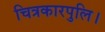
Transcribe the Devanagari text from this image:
चित्रकारपुलि।